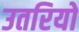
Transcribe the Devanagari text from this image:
उतरियो